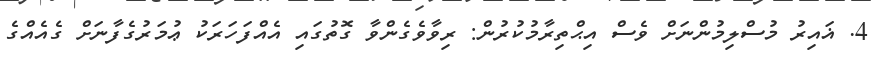
4. ޣައިރު މުސްލިމުންނަށް ވެސް އިޙްތިރާމުކުރުން: ރިވާވެގެންވާ ގޮތުގައި އެއްފަހަރަކު ޢުމަރުގެފާނަށް ގެއެއްގެ